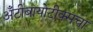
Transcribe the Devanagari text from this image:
अँटीबायोटीक्सचा